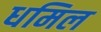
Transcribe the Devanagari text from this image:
धमिल